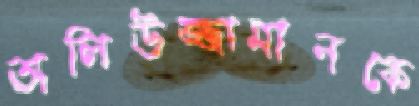
অলিউজ্জামানকে